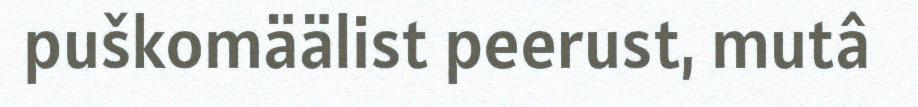
puškomäälist peerust, mutâ